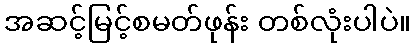
အဆင့်မြင့်စမတ်ဖုန်း တစ်လုံးပါပဲ။